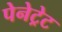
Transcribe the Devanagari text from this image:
पेनेट्रेट